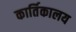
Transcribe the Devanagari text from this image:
कार्तिकालय